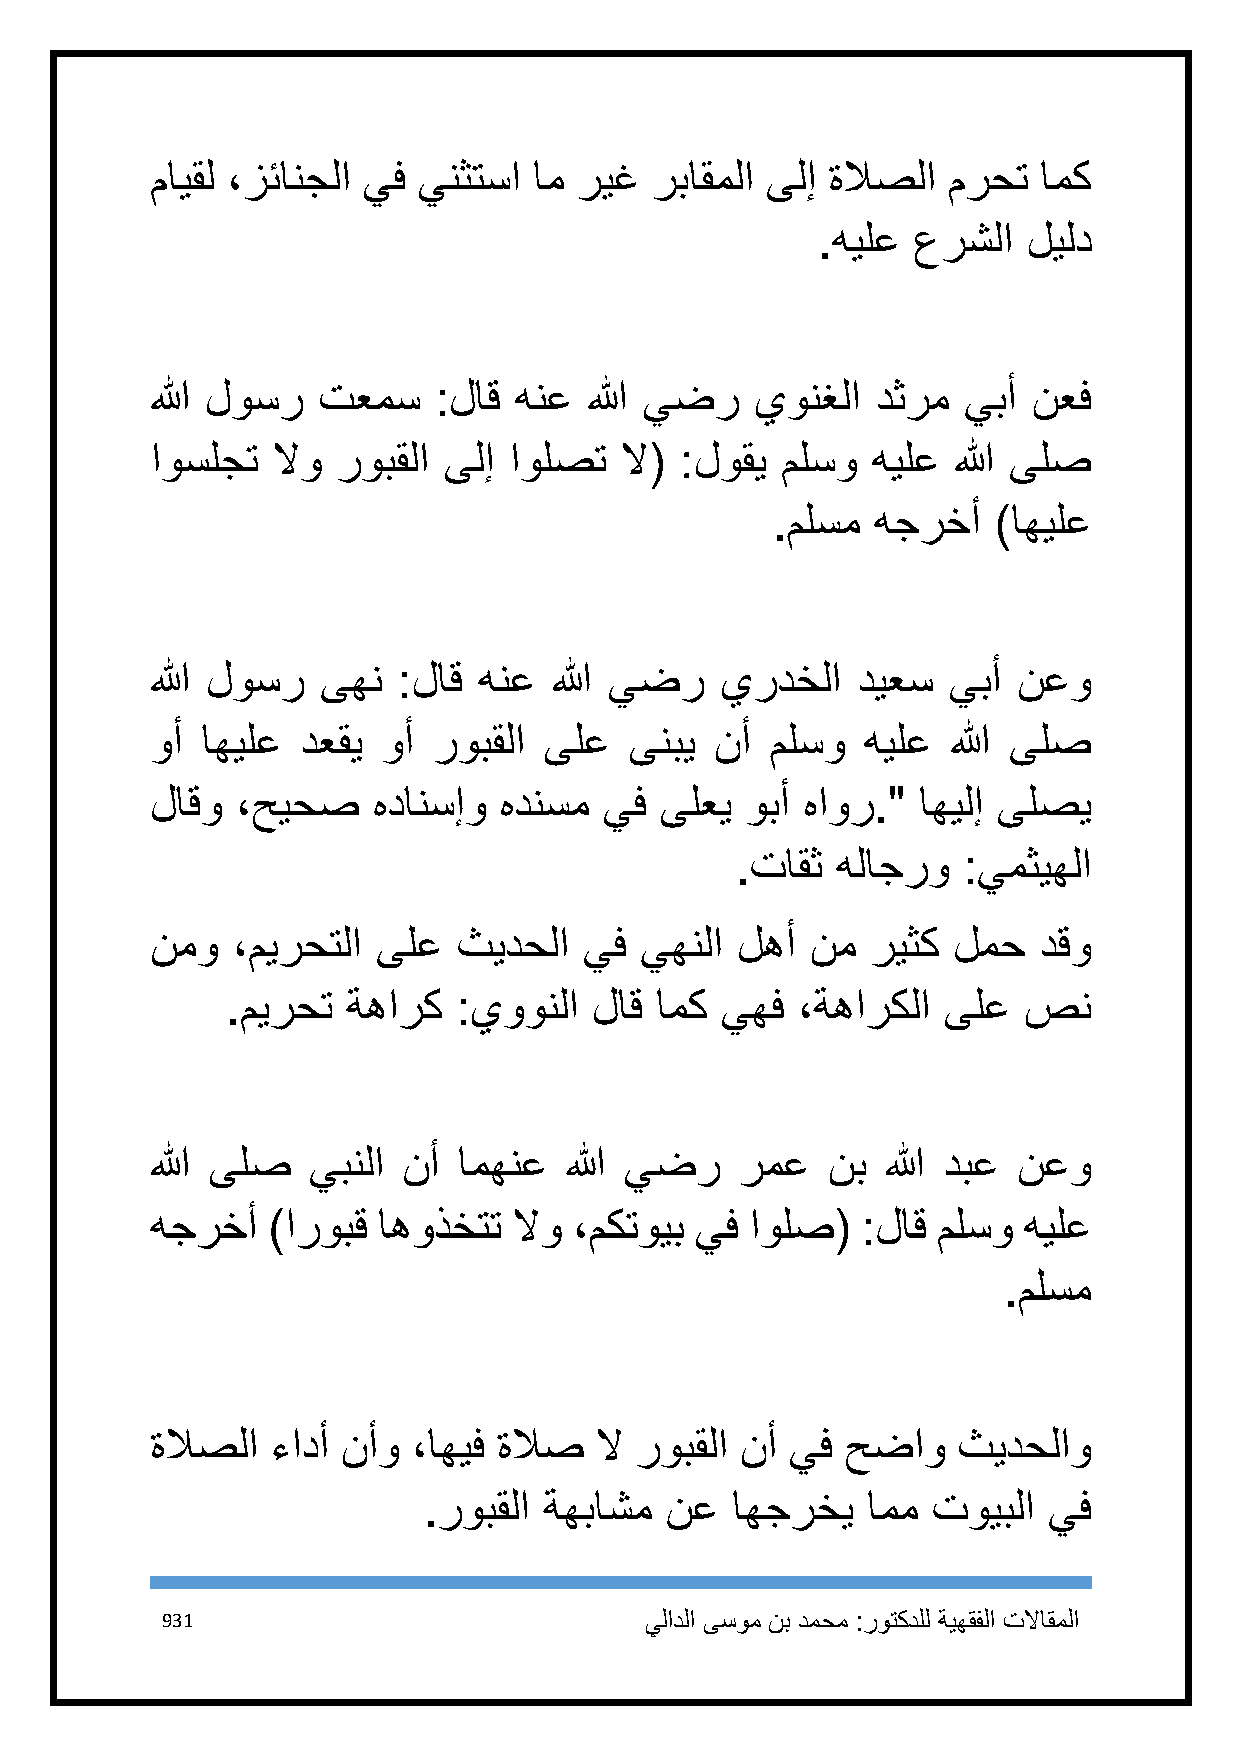
مايقل ،زئانجلا يف ينثتسا ام ريغ  رباقملا ىلإ ةلاصلا  مرحت  امك
 .هيلع عرشلا   ليلد
 الله لوسر  تعمس    :لاق هنع  الله يضر   يونغلا  دثرم  يبأ نعف
 اوسلجت  لاو روبقلا ىلإ  اولصت  لا( :لوقي  ملسو  هيلع الله ىلص
 .ملسم  هجرخأ   )اهيلع
 الله لوسر  ىهن  :لاق  هنع  الله يضر   يردخلا   ديعس  يبأ نعو
 وأ اهيلع  دعقي وأ  روبقلا ىلع   ىنبي نأ  ملسو  هيلع  الله ىلص
 لاقو  ،حيحص    هدانسإو هدنسم  يف  ىلعي وبأ هاور."  اهيلإ ىلصي
 .تاقث هلاجرو   :يمثيهلا
 نمو  ،ميرحتلا  ىلع  ثيدحلا   يف يهنلا  لهأ  نم  ريثك لمح   دقو
 .ميرحت  ةهارك  :يوونلا  لاق امك  يهف  ،ةهاركلا ىلع   صن
 الله ىلص  يبنلا  نأ امهنع  الله يضر    رمع   نب  الله دبع نعو
 هجرخأ   )اروبق اهوذختت  لاو ،مكتويب يف  اولص(  :لاق ملسو  هيلع
 .ملسم
 ةلاصلا  ءادأ نأو ،اهيف ةلاص  لا روبقلا نأ يف  حضاو   ثيدحلاو
 .روبقلا ةهباشم  نع  اهجرخي   امم  تويبلا يف
 931                             يلادلا ىسوم نب دمحم :روتكدلل ةيهقفلا تلااقملا